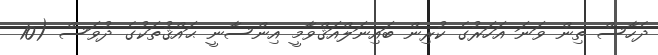
ދެހާސް ތިން ވަނަ އަހަރުގެ ކުރިން ބައިނަލްއަޤްވާމީ އިންސާނީ ޙައްޤުތަކުގެ ދުވަސް (10